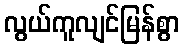
လွယ်ကူလျင်မြန်စွာ